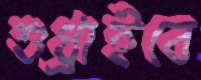
শুধ্‌রাইবে